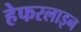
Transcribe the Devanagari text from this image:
हेफरलाइन